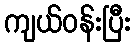
ကျယ်ဝန်းပြီး